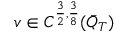
v \in C ^ { \frac { 3 } { 2 } , \frac { 3 } { 8 } } ( \bar { Q } _ { T } )